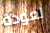
لعودة